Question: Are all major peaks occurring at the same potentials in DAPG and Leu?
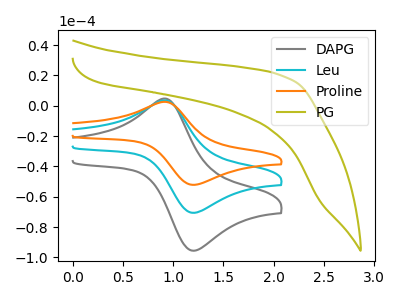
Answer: <think>The gray curve "DAPG" has an anodic peak at (0.90V, 4.75uA) and a cathodic peak at (1.20V, -95.30uA). The cyan curve "Leu" has an anodic peak at (0.90V, 3.50uA) and a cathodic peak at (1.20V, -70.40uA). The orange curve "Proline" has an anodic peak at (0.90V, 7.00uA) and a cathodic peak at (1.20V, -140.80uA). The olive curve "PG" has no peaks.</think>
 <answer>Yes, "DAPG" have a peak in "Leu" at the same potential.</answer>
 <eval>match</eval>